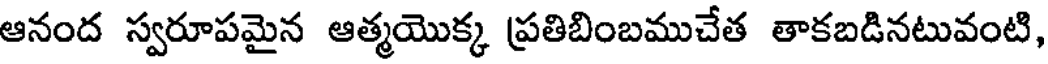
ఆనంద స్వరూపమైన ఆత్మయొక్క ప్రతిబింబముచేత తాకబడినటువంటి,